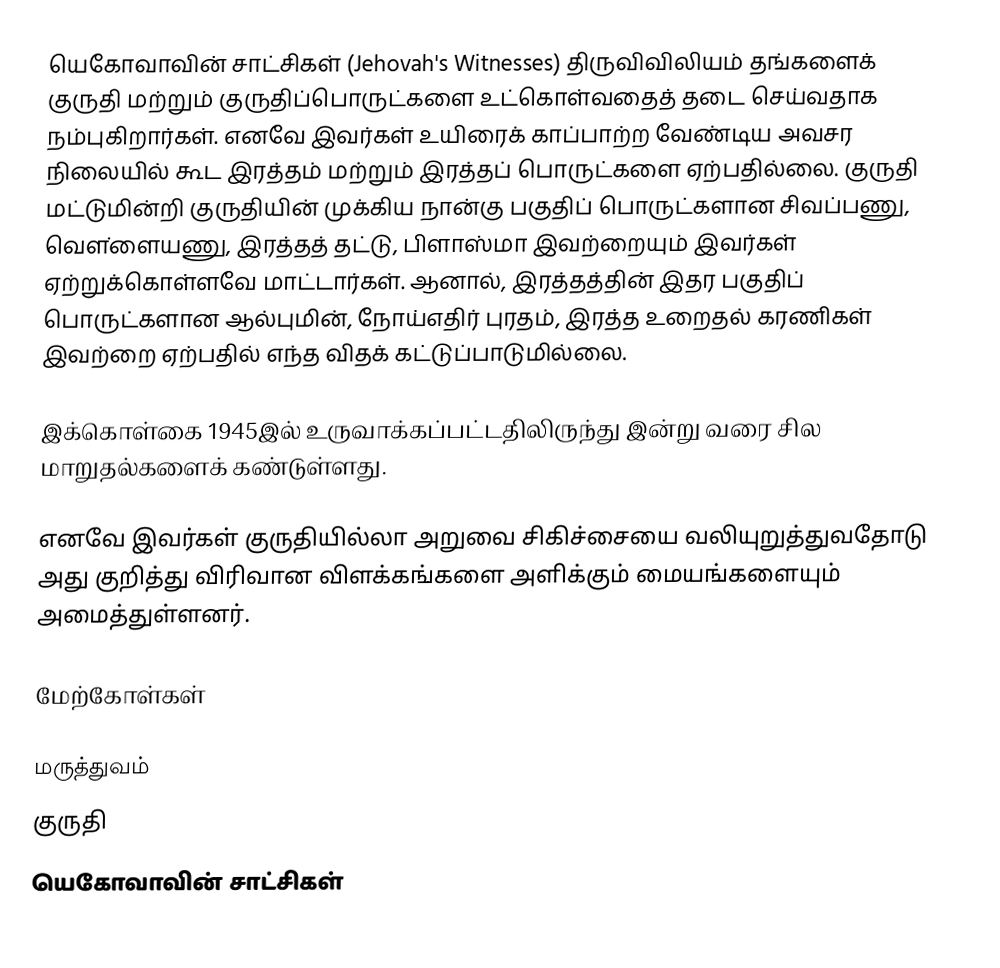
யெகோவாவின் சாட்சிகள் (Jehovah's Witnesses) திருவிவிலியம் தங்களைக் குருதி மற்றும் குருதிப்பொருட்களை உட்கொள்வதைத் தடை செய்வதாக நம்புகிறார்கள். எனவே இவர்கள் உயிரைக் காப்பாற்ற வேண்டிய அவசர நிலையில் கூட இரத்தம் மற்றும் இரத்தப் பொருட்களை ஏற்பதில்லை. குருதி மட்டுமின்றி குருதியின் முக்கிய நான்கு பகுதிப் பொருட்களான சிவப்பணு, வௌ்ளையணு, இரத்தத் தட்டு, பிளாஸ்மா இவற்றையும் இவர்கள் ஏற்றுக்கொள்ளவே மாட்டார்கள். ஆனால், இரத்தத்தின் இதர பகுதிப் பொருட்களான ஆல்புமின், நோய்எதிர் புரதம், இரத்த உறைதல் கரணிகள் இவற்றை ஏற்பதில் எந்த விதக் கட்டுப்பாடுமில்லை.

இக்கொள்கை 1945இல் உருவாக்கப்பட்டதிலிருந்து இன்று வரை சில மாறுதல்களைக் கண்டுள்ளது.

எனவே இவர்கள் குருதியில்லா அறுவை சிகிச்சையை வலியுறுத்துவதோடு அது குறித்து விரிவான விளக்கங்களை அளிக்கும் மையங்களையும் அமைத்துள்ளனர்.

மேற்கோள்கள்

மருத்துவம்
குருதி
யெகோவாவின் சாட்சிகள்